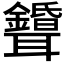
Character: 𦘌